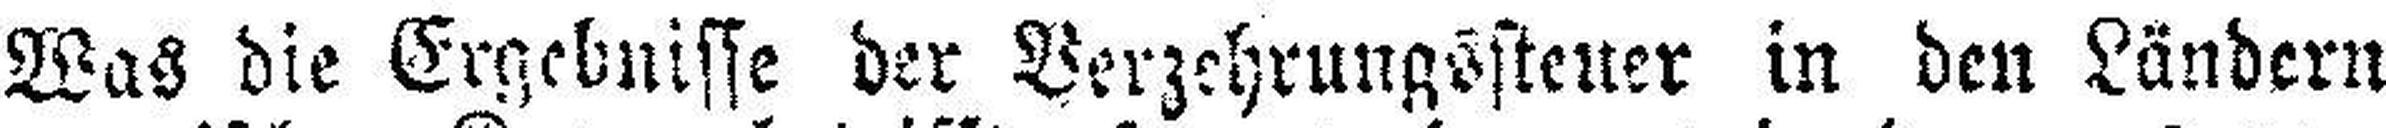
Was die Ergebnisse der Verzehrungssteuer in den Ländern